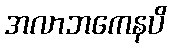
အလာဘကေနပိ